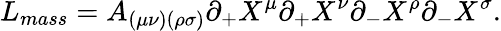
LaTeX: L_{mass}=A_{(\mu\nu)(\rho\sigma)}\partial_{+}X^{\mu}\partial_{+}X^{\nu}\partial_{-}X^{\rho}\partial_{-}X^{\sigma}.